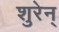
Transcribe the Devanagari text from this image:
शुरेन्